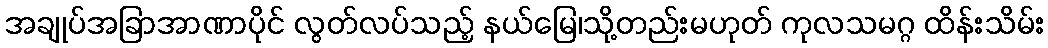
အချုပ်အခြာအာဏာပိုင် လွတ်လပ်သည့် နယ်မြေ၊သို့တည်းမဟုတ် ကုလသမဂ္ဂ ထိန်းသိမ်း